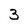
Character: 3